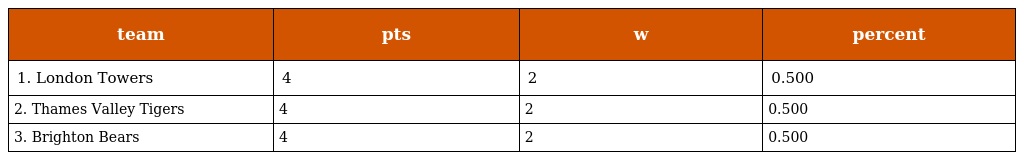
| team | pts | w | percent |
 | --- | --- | --- | --- |
 | 1. London Towers | 4 | 2 | 0.500 |
 | 2. Thames Valley Tigers | 4 | 2 | 0.500 |
 | 3. Brighton Bears | 4 | 2 | 0.500 |